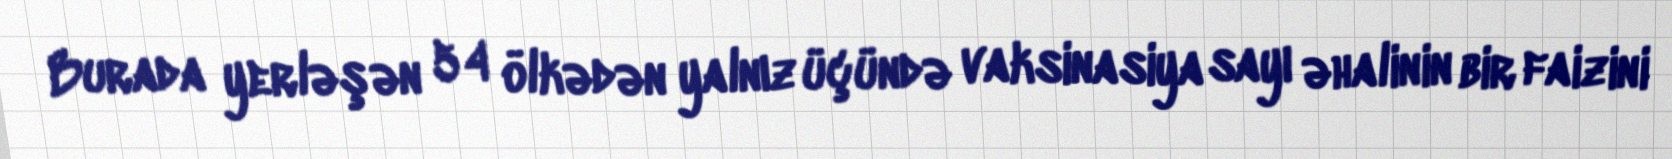
Burada yerləşən 54 ölkədən yalnız üçündə vaksinasiya sayı əhalinin bir faizini